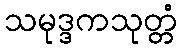
သမုဒ္ဒကသုတ္တံ